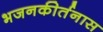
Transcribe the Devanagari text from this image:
भजनकीर्तनास